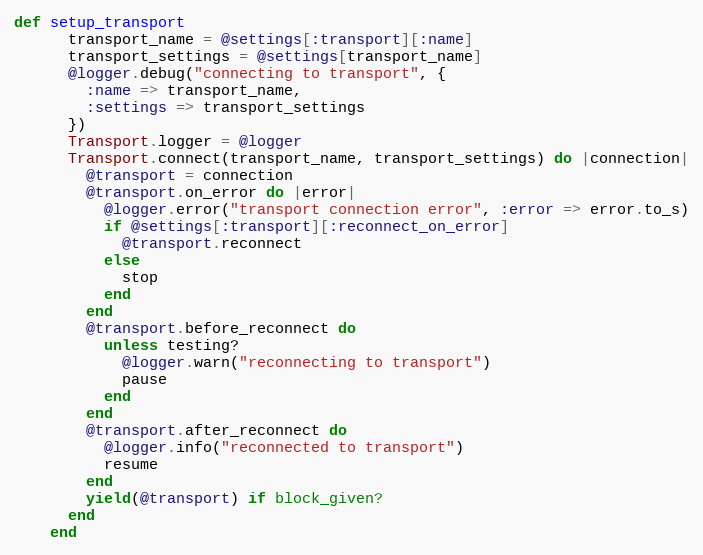
Language: Ruby
def setup_transport
      transport_name = @settings[:transport][:name]
      transport_settings = @settings[transport_name]
      @logger.debug("connecting to transport", {
        :name => transport_name,
        :settings => transport_settings
      })
      Transport.logger = @logger
      Transport.connect(transport_name, transport_settings) do |connection|
        @transport = connection
        @transport.on_error do |error|
          @logger.error("transport connection error", :error => error.to_s)
          if @settings[:transport][:reconnect_on_error]
            @transport.reconnect
          else
            stop
          end
        end
        @transport.before_reconnect do
          unless testing?
            @logger.warn("reconnecting to transport")
            pause
          end
        end
        @transport.after_reconnect do
          @logger.info("reconnected to transport")
          resume
        end
        yield(@transport) if block_given?
      end
    end